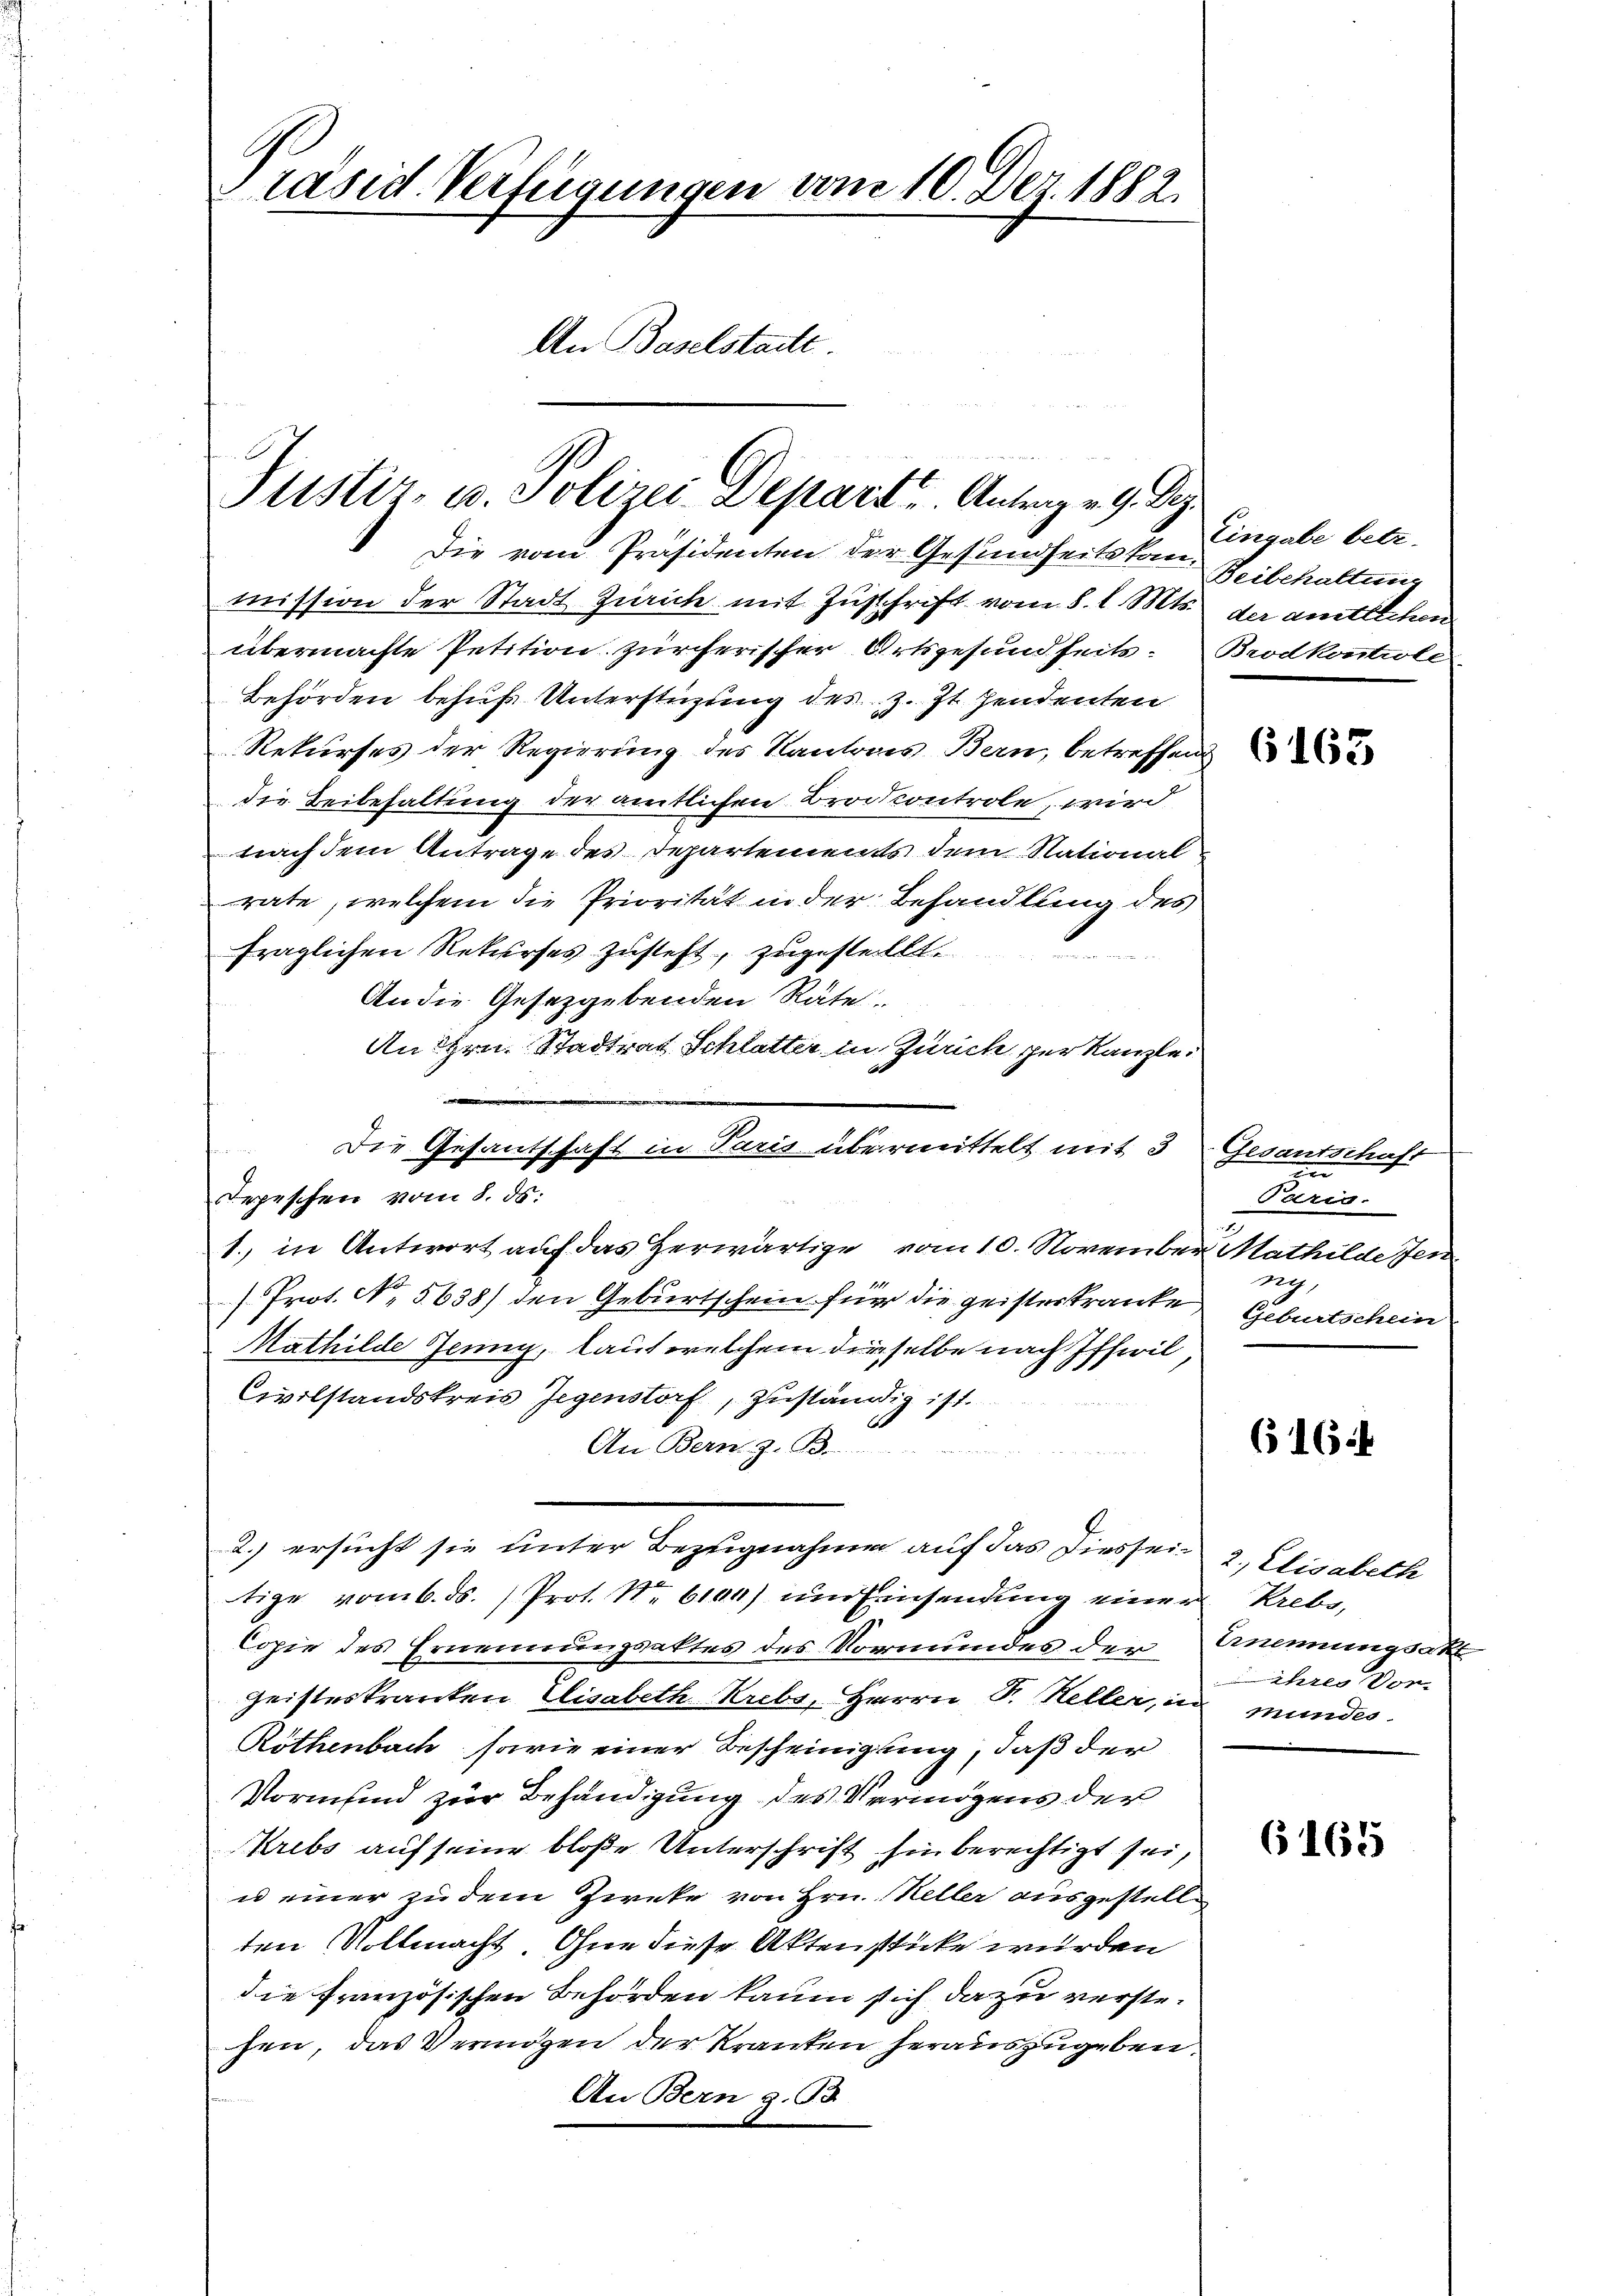
räsid. Verfügungen vom 10. Der 1882.
An Baselstante

Die vom Präsidenten der Gesundheits kan Reibehaltung
mission der Stadt Zürich mit Zuschrift vom 8. d. Mts. der amtlichen
übermachte Petition zürcherischer Ortsgesundheits. Brodkontrole
Behörden behufs Unterstüzung des z. Zt. Zendenten
Rekurses der Regierung des Kantons Bern, betreffend
die Beibehaltung der amtlichen Brodcontrole, wird
nach dem Antrage des Departements dem National-
rate, welchem die Priorität in der Behandlung des
fraglichen Rekurses zusteht, zugestellt.
An die Gesetzgebenden Räte
An Hrn. Stadtrat Schlatter in Zürich per Kanzle
.
Die Gesantschaft in Paris übermittelt mit 3 Gesantschaft
Tepeschen vom 8. ds.
1. in Antwort auf das Herwärtige vom 10. November Mathilde Jen
/Prot. No 5638) den Geburtschein für die geisterkranke,
Mathilde Jenny, laut welchem dieselbe nach Iffeil
Civilstandskreis Gegenstorf, zuständig ist.
An Bern z. B.
2.) ersucht sie unter Bezugnahme auf das Diessein, Elisabeth
tige vom 6. ds. Prot. No 6104) um Einsendung einer Rebe,
Copie des Ernennungsaktes des Vormundes der Ernennungsakt
Geisteskranken Elisabeth Krebs, Herrn D. Heller, in mundes
Röthenbach, sowie einer Bescheinigung, daß der
Vormund zur Behändigung des Vermögens der
Krebs auf seine bloße Unterschrift sie berechtigt sei,
u einer zu dem Zwecke von Hrn. Keller ausgestell
ten Vollmacht. Ohne diese Aktenstücke wurden
die französischen Behörden kaum sich dazu verstehen, das Vermögen der Kranten herauszugeben.
An Bern z. 93.

Justiz- u. Polizei Departe Antrag v. 9. Dez.

Eingabe betr.

n
Paris.
ng
Geburtschein

616

ihres Vor¬

6165